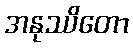
အနုဿိတော